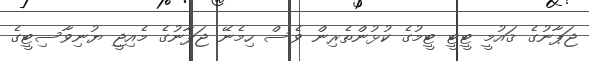
ޖަޕާނުގެ ޤައުމީ ޓީޓީ ޓީމުގެ ކުޅުންތެރިން ވެސް ހިމެނޭ ޖަޕާނުގެ މެއިޖީ ޔުނިވާސިޓީގެ